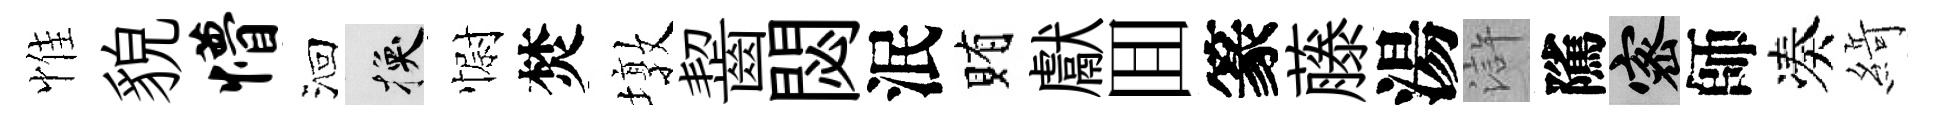
惟貌懵洄换𢠢焚墩齧閟泯賄獻囬篆藤湯滸隲密師凑𦂶